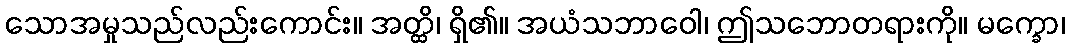
သောအမှုသည်လည်းကောင်း။ အတ္ထိ၊ ရှိ၏။ အယံသဘာဝေါ၊ ဤသဘောတရားကို။ မက္ခော၊